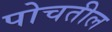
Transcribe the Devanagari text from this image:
पोचतील